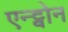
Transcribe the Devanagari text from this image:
एन्ट्वोन